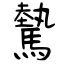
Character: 驇